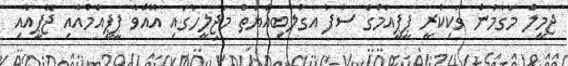
ޖަމީލް މަގާމުން ވަކިކުރީ ޕީޕީއެމްގެ ސާފު އަގުލަބިއްޔަތު މަޖިލީހުގައި އޮއްވާ ޕީޕީއެމްއާއި ޖޭޕީއާއި